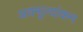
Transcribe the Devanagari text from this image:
अवमूल्यांकन